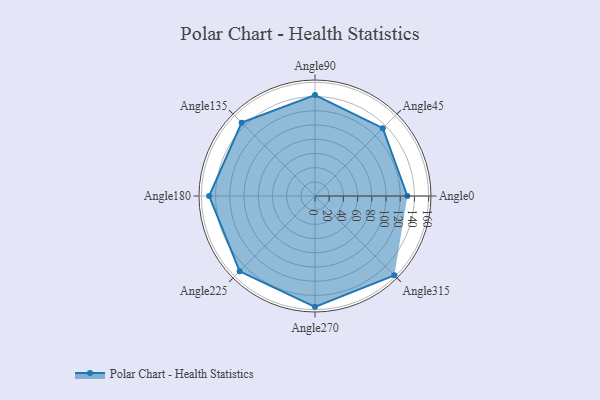
{"axis": {"x": "Angle", "y": "Radius"}, "legend": [""], "data": [{"x": "Angle0", "y": 130.0, "type": ""}, {"x": "Angle45", "y": 135.0, "type": ""}, {"x": "Angle90", "y": 142.0, "type": ""}, {"x": "Angle135", "y": 146.0, "type": ""}, {"x": "Angle180", "y": 149.0, "type": ""}, {"x": "Angle225", "y": 150.0, "type": ""}, {"x": "Angle270", "y": 156.0, "type": ""}, {"x": "Angle315", "y": 158.0, "type": ""}]}